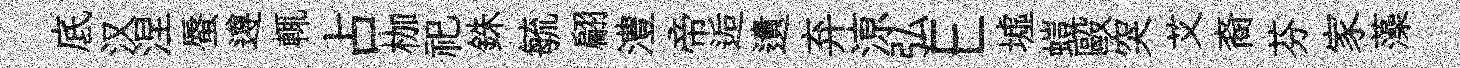
底汉涅蜃遵輒占枷祀銖毓翩澧帝逅遺弃鿌弘E墟螘毆突艾裔芬家藻